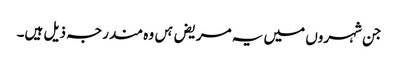
جن شہروں میں یہ مریض ہں وہ مندرجہ ذیل ہیں۔